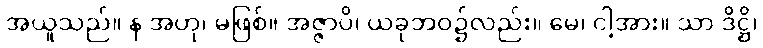
အယူသည်။ န အဟု၊ မဖြစ်။ အဇ္ဇာပိ၊ ယခုဘဝ၌လည်း။ မေ၊ ငါ့အား။ သာ ဒိဋ္ဌိ၊